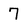
Character: 7